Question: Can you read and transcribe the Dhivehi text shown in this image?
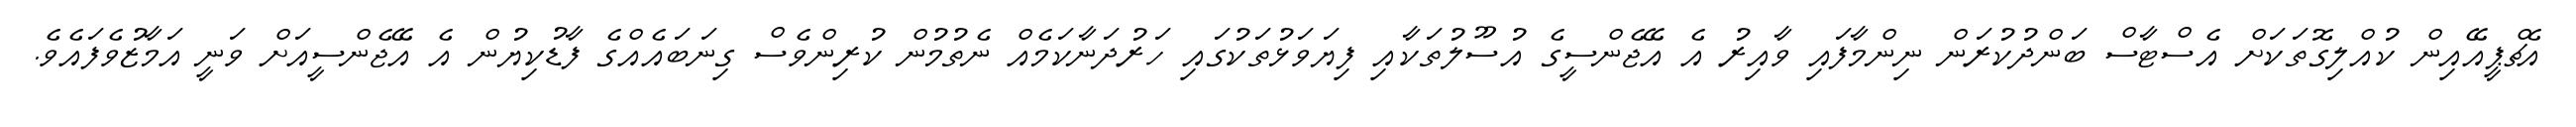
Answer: އެޗްޕީއޭއިން ކުއްލިގޮތަކަށް އެސްޓާސް ބަންދުކުރަން ނިންމާފައި ވާއިރު އެ އޭޖެންސީގެ އުސޫލުތަކާއި ފިޔަވަޅުތަކުގައި ހަރުދަނާކަމެއް ނެތުމުން ކުރިންވެސް ގިނަބައެއްގެ ފާޑުކިޔުން އެ އޭޖެންސީއަށް ވަނީ އަމާޒުވެފައެވެ.